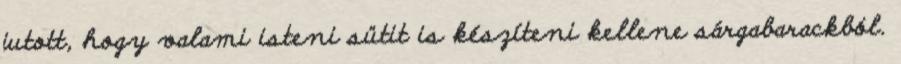
jutott, hogy valami isteni sütit is készíteni kellene sárgabarackból.